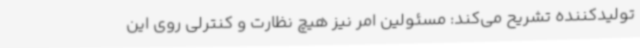
تولیدکننده تشریح می‌کند: مسئولین امر نیز هیچ نظارت و کنترلی روی این